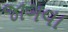
જાગવા